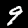
Label: 9